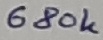
Text: 680K